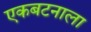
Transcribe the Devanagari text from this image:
एकबटनाला